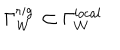
\Gamma _ { \cal W } ^ { r i g } \, \subset \Gamma _ { \cal W } ^ { l o c a l }